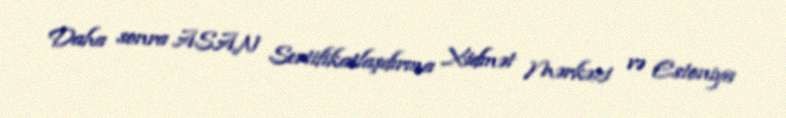
Daha sonra ASAN Sertifikatlaşdırma Xidmət Mərkəzi və Estoniya